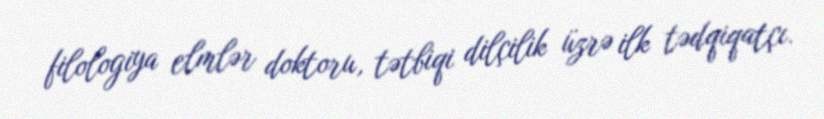
filologiya elmlər doktoru, tətbiqi dilçilik üzrə ilk tədqiqatçı.